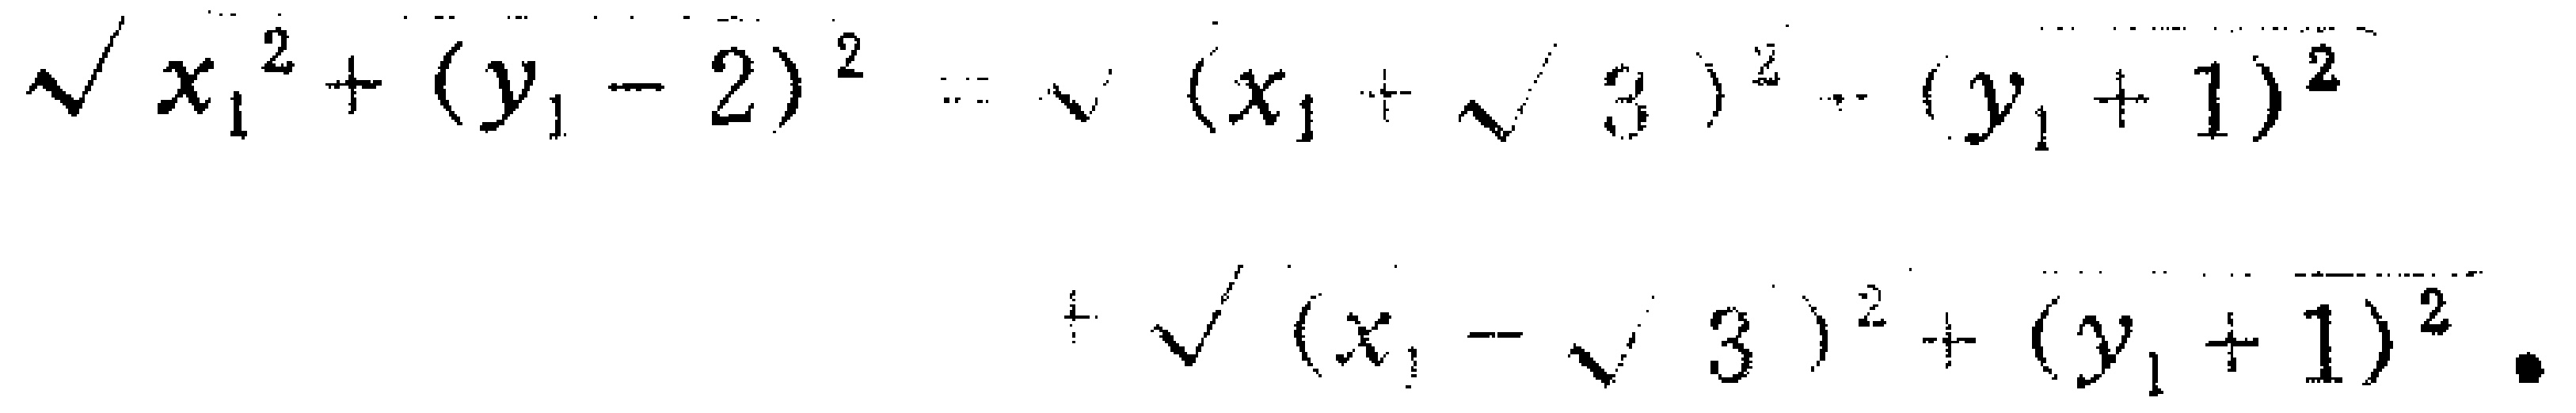
\(\sqrt{x_{1}^{2}+(y_{1}-2)^{2}}=\sqrt{(x_{1}+\sqrt{3})^{2}+(y_{1}+1)^{2}}+\sqrt{(x_{1}-\sqrt{3})^{2}+(y_{1}+1)^{2}}.\)